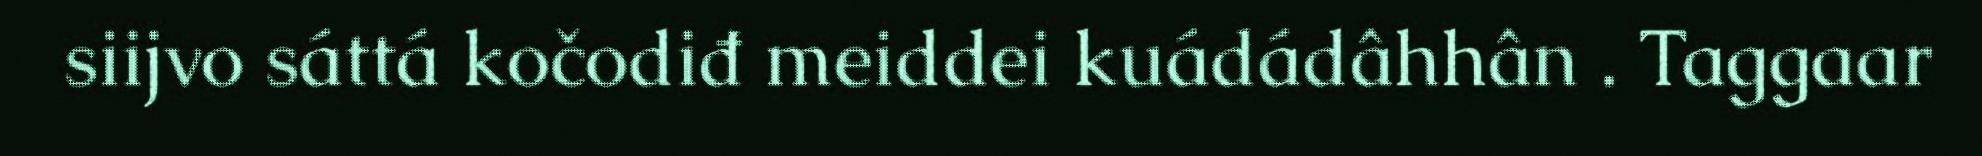
siijvo sáttá kočodiđ meiddei kuádádâhhân . Taggaar